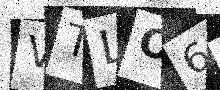
Text: VTLO6B